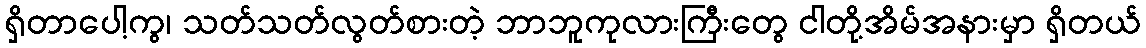
ရှိတာပေါ့ကွ၊ သတ်သတ်လွတ်စားတဲ့ ဘာဘူကုလားကြီးတွေ ငါတို့အိမ်အနားမှာ ရှိတယ်